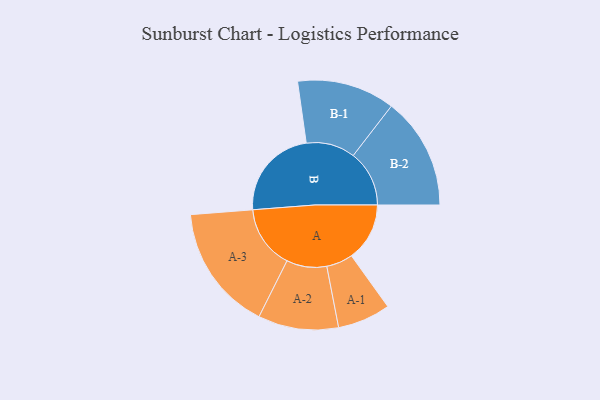
{"axis": {"x": "Segment", "y": "Value"}, "legend": ["", "A", "B"], "data": [{"x": "A", "y": 246, "type": ""}, {"x": "B", "y": 391, "type": ""}, {"x": "A-1", "y": 112, "type": "A"}, {"x": "A-2", "y": 170, "type": "A"}, {"x": "A-3", "y": 267, "type": "A"}, {"x": "B-1", "y": 207, "type": "B"}, {"x": "B-2", "y": 237, "type": "B"}]}